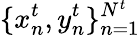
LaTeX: \{ x_{n}^{t},{y}_{n}^{t}\} _{n=1}^{N^{t}}